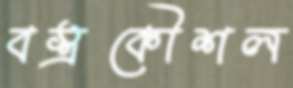
বস্ত্রকৌশল